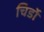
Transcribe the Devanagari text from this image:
चिर्डो